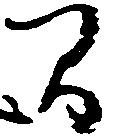
間